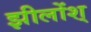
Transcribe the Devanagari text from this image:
झीलोंश्